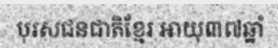
បុរសជនជាតិខ្មែរ អាយុ៣៧ឆ្នាំ